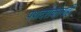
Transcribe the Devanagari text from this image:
पथदर्शकांनाही